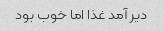
دیر آمد غذا اما خوب بود